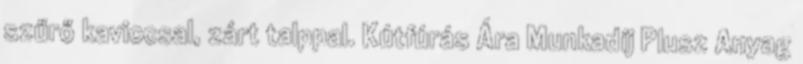
szűrő kaviccsal, zárt talppal. Kútfúrás Ára Munkadíj Plusz Anyag